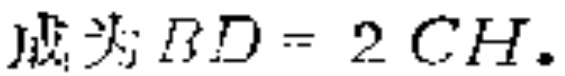
$)成为;BD = 2CH.$